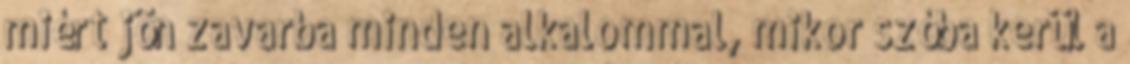
miért jön zavarba minden alkalommal, mikor szóba kerül a